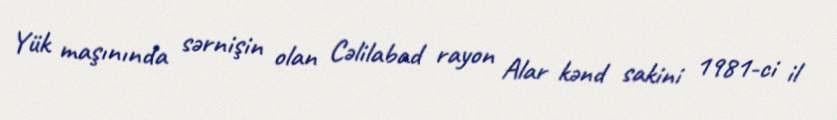
Yük maşınında sərnişin olan Cəlilabad rayon Alar kənd sakini 1981-ci il